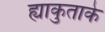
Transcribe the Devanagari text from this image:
ह्याकुताके